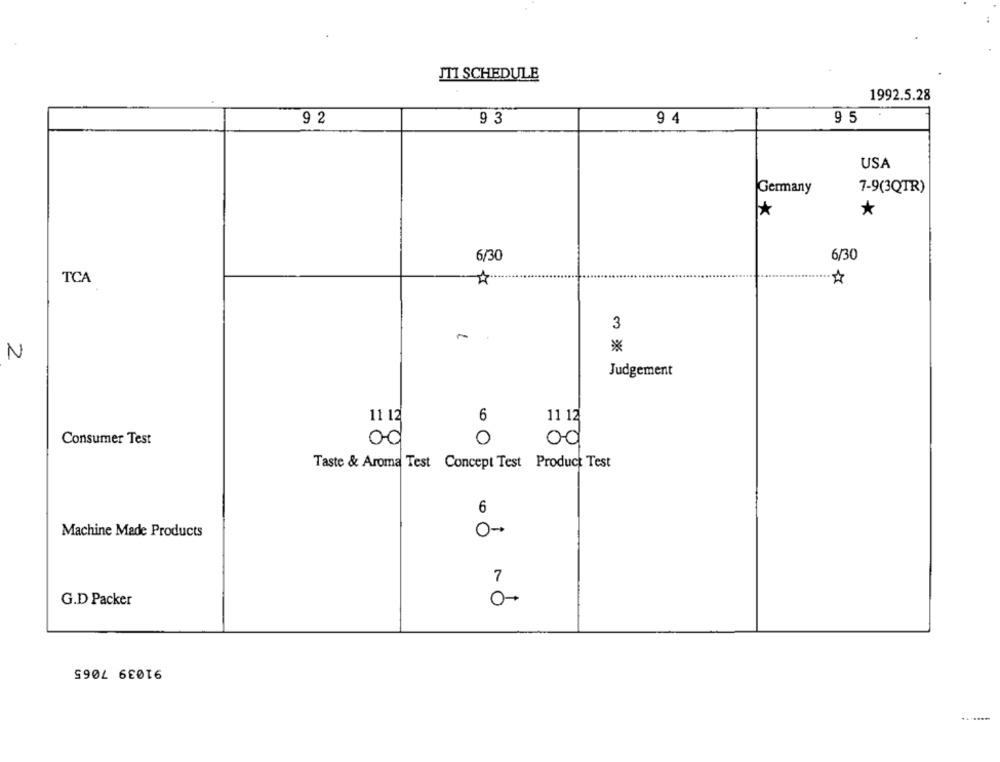
JTI SCHEDULE
1992.5.28
9 2
93
94
95
USA
Germany
7-9(3QTR)
*
*
6/30
6/30
TCA
3
N
Judgement
6
11 12
Consumer Test
0
00
Taste & Aroma Test Concept Test Product Test
6
Machine Made Products
0-
7
G.D Packer
0-
91039 7065